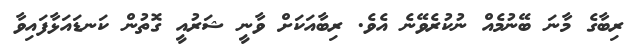
ރިބާގެ މާނަ ބޭނުމެއް ނުކުރެވޭނެ އެވެ. ރިބާއަކަށް ވާނީ ޝަރުއީ ގޮތުން ކަނޑައަޅާފައިވާ